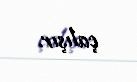
çalışır.